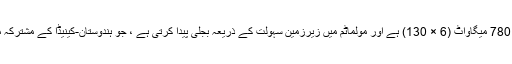
اس کے جنریٹرز کی بجلی کی پیداوار 780 میگاواٹ (6 × 130) ہے اور مولماٹم میں زیرزمین سہولت کے ذریعہ بجلی پیدا کرتی ہے ، جو ہندوستان-کینیڈا کے مشترکہ منصوبے کے ذریعہ تعمیر کیا گیا تھا۔